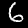
Label: 6